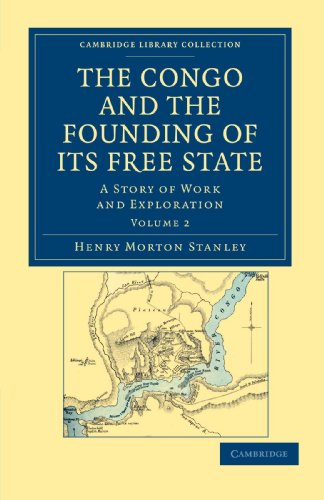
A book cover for The Congo and the Founding of its Free State: A Story of Work and Exploration (Cambridge Library Collection - African Studies); Henry Morton Stanley; Travel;